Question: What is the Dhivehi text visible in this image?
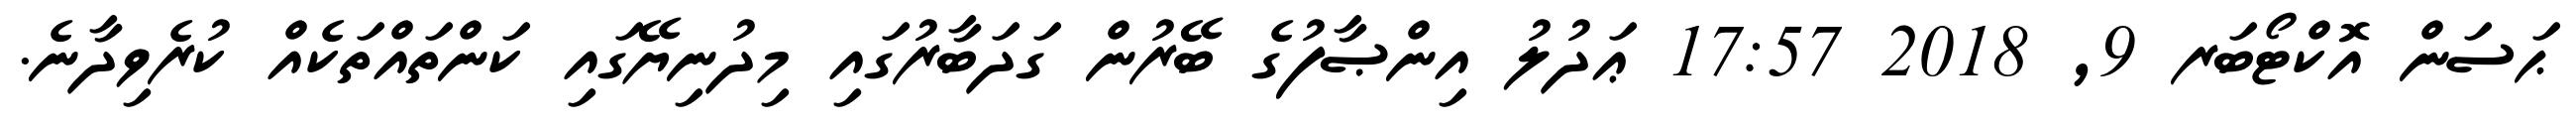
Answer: ޙަސަން އޮކްޓޯބަރ 9, 2018 17:57 ޢަދުލު އިންޞާފުގެ ބޭރުން ގަދަބާރުގައި މިދުނިޔޭގައި ކަންތައްތަކެއް ކުރެވިދާނެ.